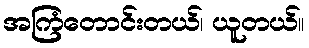
အကြံတောင်းတယ်၊ ယူတယ်။